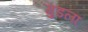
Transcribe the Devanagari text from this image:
गुडला